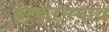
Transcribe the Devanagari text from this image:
हरकरननाथ